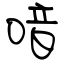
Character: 喑